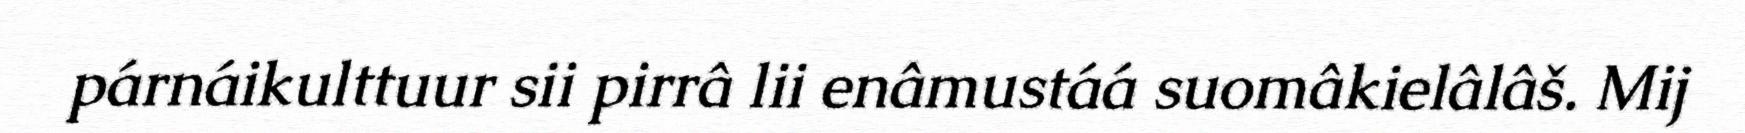
párnáikulttuur sii pirrâ lii enâmustáá suomâkielâlâš. Mij